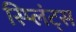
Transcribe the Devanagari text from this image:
स्प्लिंट्स